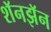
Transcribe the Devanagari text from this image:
शॅनझॅन